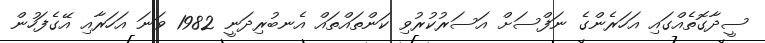
ސީދާގޮތެއްގައި އަހަރެންގެ ނަފްސަށް އަސަރުކުރުވި ކަންތައްތައް އެނބުރިދަނީ 1982 ވަނަ އަހަރާއި އޭގެފަހުން